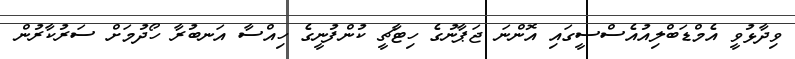
ވިދާޅުވީ އެމްޑަބްލިއުއެސްސީގައި އޮންނަ ޖަޕާނުގެ ހިޓާޗީ ކުންފުނީގެ ހިއްސާ އަނބުރާ ހޯދުމަށް ސަރުކާރުން